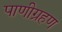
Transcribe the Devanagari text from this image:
पाणीग्रहण